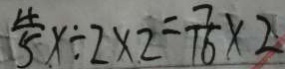
\frac { 4 } { 5 } x \div 2 \times 2 = \frac { 7 } { 1 6 } \times 2